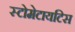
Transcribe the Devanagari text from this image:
स्टोमेटायटिस